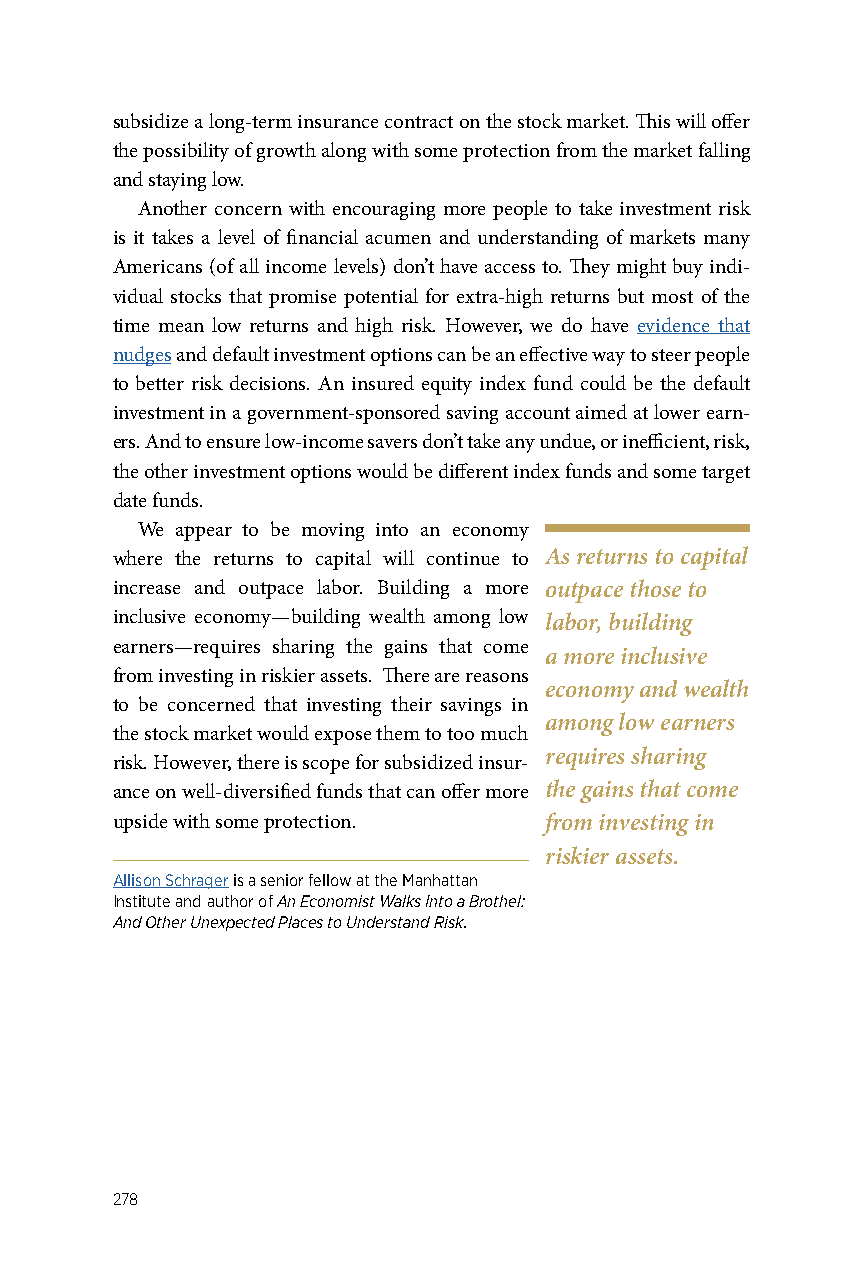
subsidize a long-term insurance contract on the stock market. This will offer
 the possibility of growth along with some protection from the market falling
 and staying low.
 Another concern with encouraging more people to take investment risk
 is it takes a level of financial acumen and understanding of markets many
 Americans (of all income levels) don’t have access to. They might buy indi-
 vidual stocks that promise potential for extra-high returns but most of the
 time mean low returns and high risk. However, we do have evidence that
 nudges and default investment options can be an effective way to steer people
 to better risk decisions. An insured equity index fund could be the default
 investment in a government-sponsored saving account aimed at lower earn-
 ers. And to ensure low-income savers don’t take any undue, or inefficient, risk,
 the other investment options would be different index funds and some target
 date funds.
 We appear to be moving into an economy
 where the returns to capital will continue to As returns to capital
 increase and outpace labor. Building a more outpace those to
 inclusive economy—building wealth among low labor, building
 earners—requires sharing the gains that come
 a more inclusive
 from investing in riskier assets. There are reasons
 economy and wealth
 to be concerned that investing their savings in
 among low earners
 the stock market would expose them to too much
 requires sharing
 risk. However, there is scope for subsidized insur-
 ance on well-diversified funds that can offer more the gains that come
 upside with some protection. from investing in
 riskier assets.
 Allison Schrager is a senior fellow at the Manhattan
 Institute and author of An Economist Walks Into a Brothel:
 And Other Unexpected Places to Understand Risk.
 278